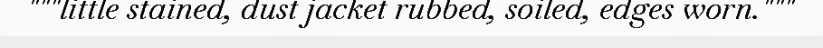
"""little stained, dust jacket rubbed, soiled, edges worn."""